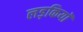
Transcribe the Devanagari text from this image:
लड़कियाॅ